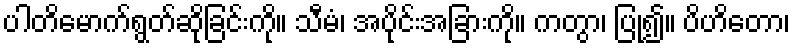
ပါတိမောက်ရွတ်ဆိုခြင်းကို။ သီမံ၊ အပိုင်းအခြားကို။ ကတွာ၊ ပြု၍။ ပိဟိတော၊